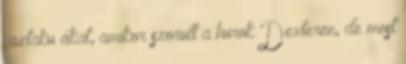
“aztaku ákat, amikor szorult a hurok Dexteren, de most